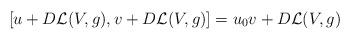
LaTeX: \begin{align*}[u+D\mathcal{L}(V, g), v+D\mathcal{L}(V, g)]=u_0v+D\mathcal{L}(V, g)\end{align*}